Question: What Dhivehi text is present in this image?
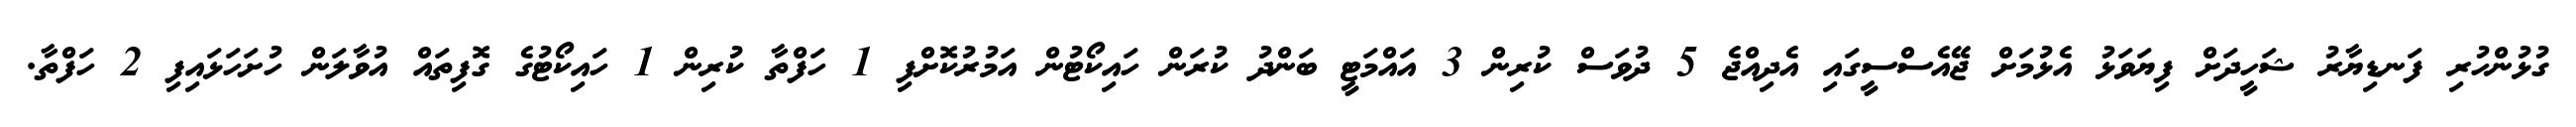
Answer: ގުޅުންހުރި ފަނޑިޔާރު ޝަހީދަށް ފިޔަވަޅު އެޅުމަށް ޖޭއެސްސީގައި އެދިއްޖެ 5 ދުވަސް ކުރިން 3 އައްމަޓީ ބަންދު ކުރަން ހައިކޯޓުން އަމުރުކޮށްފި 1 ހަފްތާ ކުރިން 1 ހައިކޯޓުގެ ގޮފިތައް އުވާލަން ހުށަހަޅައިފި 2 ހަފްތާ.